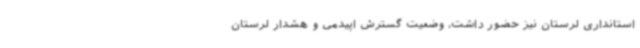
استانداری لرستان نیز حضور داشت، وضعیت گسترش اپیدمی و هشدار لرستان